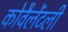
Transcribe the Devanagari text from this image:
कोवैलेंटली